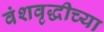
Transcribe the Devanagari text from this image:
वंशवृद्धीच्या